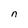
Character: n